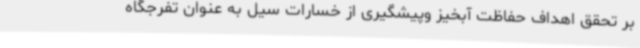
بر تحقق اهداف حفاظت آبخیز وپیشگیری از خسارات سیل به عنوان تفرجگاه